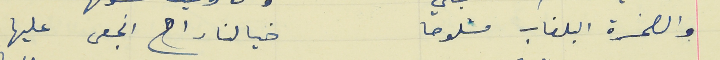
والصخرة البلغاب مشلوحا                                       خيالنا راح انجعى عليها